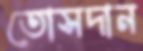
তোসদান